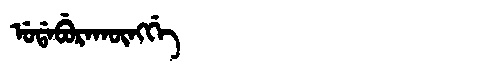
Manchu: ᡠᡩᠠᠪᡠᡵᠠᡴᡡᠩᡤᡝ
Romanization: UDABURAKŪNGGE